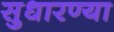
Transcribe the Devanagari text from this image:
सुधारण्या